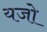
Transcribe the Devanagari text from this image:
यजो